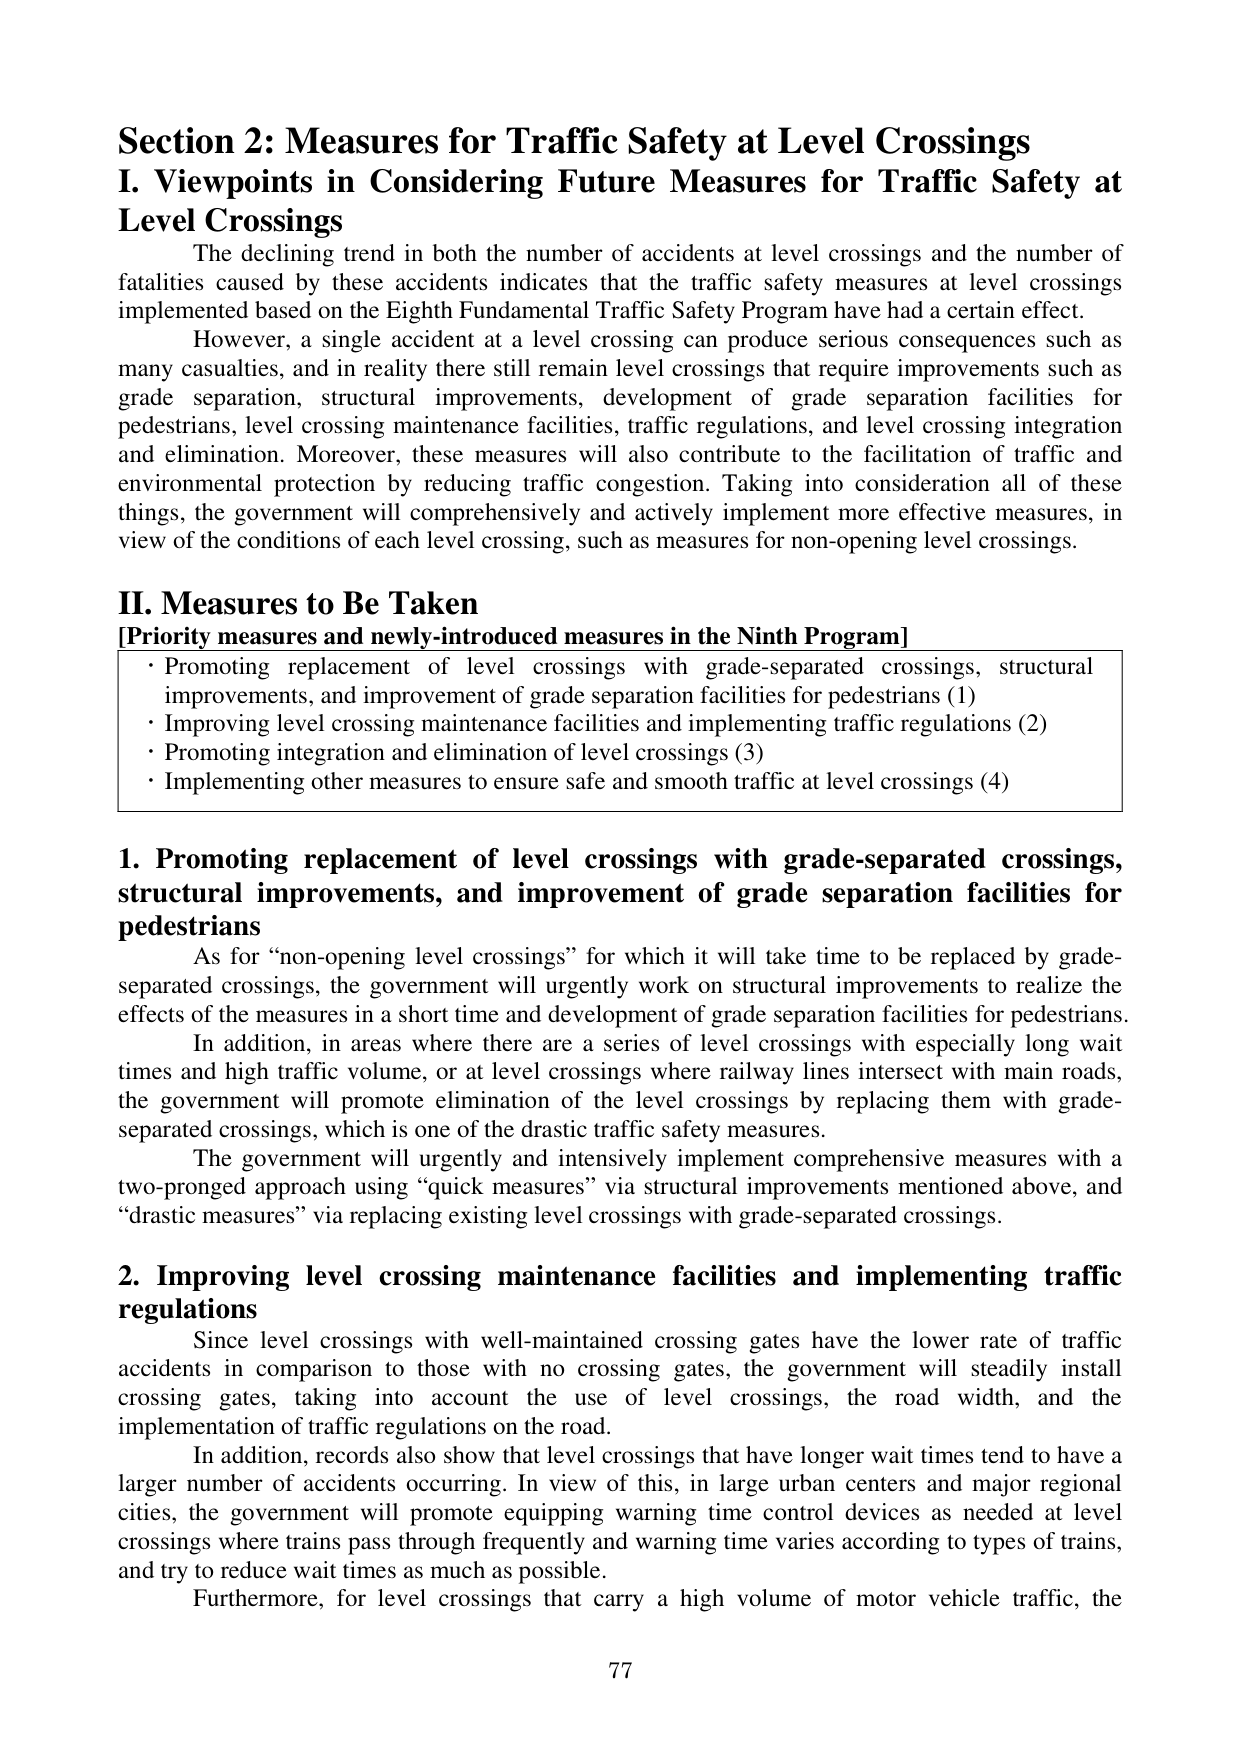
Section 2: Measures for Traffic Safety at Level Crossings
I. Viewpoints in Considering Future Measures for Traffic Safety at Level Crossings
    The declining trend in both the number of accidents at level crossings and the number of fatalities caused by these accidents indicates that the traffic safety measures at level crossings implemented based on the Eighth Fundamental Traffic Safety Program have had a certain effect.
    However, a single accident at a level crossing can produce serious consequences such as many casualties, and in reality there still remain level crossings that require improvements such as grade separation, structural improvements, development of grade separation facilities for pedestrians, level crossing maintenance facilities, traffic regulations, and level crossing integration and elimination. Moreover, these measures will also contribute to the facilitation of traffic and environmental protection by reducing traffic congestion. Taking into consideration all of these things, the government will comprehensively and actively implement more effective measures, in view of the conditions of each level crossing, such as measures for non-opening level crossings.

II. Measures to Be Taken
[Priority measures and newly-introduced measures in the Ninth Program]
    • Promoting replacement of level crossings with grade-separated crossings, structural improvements, and improvement of grade separation facilities for pedestrians (1)
    • Improving level crossing maintenance facilities and implementing traffic regulations (2)
    • Promoting integration and elimination of level crossings (3)
    • Implementing other measures to ensure safe and smooth traffic at level crossings (4)

1. Promoting replacement of level crossings with grade-separated crossings, structural improvements, and improvement of grade separation facilities for pedestrians
    As for “non-opening level crossings” for which it will take time to be replaced by grade-separated crossings, the government will urgently work on structural improvements to realize the effects of the measures in a short time and development of grade separation facilities for pedestrians.
    In addition, in areas where there are a series of level crossings with especially long wait times and high traffic volume, or at level crossings where railway lines intersect with main roads, the government will promote elimination of the level crossings by replacing them with grade-separated crossings, which is one of the drastic traffic safety measures.
    The government will urgently and intensively implement comprehensive measures with a two-pronged approach using “quick measures” via structural improvements mentioned above, and “drastic measures” via replacing existing level crossings with grade-separated crossings.

2. Improving level crossing maintenance facilities and implementing traffic regulations
    Since level crossings with well-maintained crossing gates have the lower rate of traffic accidents in comparison to those with no crossing gates, the government will steadily install crossing gates, taking into account the use of level crossings, the road width, and the implementation of traffic regulations on the road.
    In addition, records also show that level crossings that have longer wait times tend to have a larger number of accidents occurring. In view of this, in large urban centers and major regional cities, the government will promote equipping warning time control devices as needed at level crossings where trains pass through frequently and warning time varies according to types of trains, and try to reduce wait times as much as possible.
    Furthermore, for level crossings that carry a high volume of motor vehicle traffic, the

77